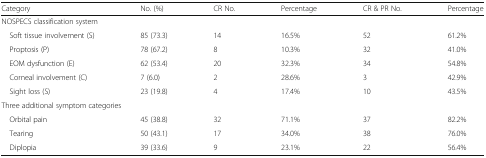
<table><thead><tr><td><b>Category</b></td><td><b>No. (%)</b></td><td><b>CR No.</b></td><td><b>Percentage</b></td><td><b>CR &amp; PR No.</b></td><td><b>Percentage</b></td></tr></thead><tbody><tr><td colspan="6">NOSPECS classification system</td></tr><tr><td> Soft tissue involvement (S)</td><td>85 (73.3)</td><td>14</td><td>16.5%</td><td>52</td><td>61.2%</td></tr><tr><td> Proptosis (P)</td><td>78 (67.2)</td><td>8</td><td>10.3%</td><td>32</td><td>41.0%</td></tr><tr><td> EOM dysfunction (E)</td><td>62 (53.4)</td><td>20</td><td>32.3%</td><td>34</td><td>54.8%</td></tr><tr><td> Corneal involvement (C)</td><td>7 (6.0)</td><td>2</td><td>28.6%</td><td>3</td><td>42.9%</td></tr><tr><td> Sight loss (S)</td><td>23 (19.8)</td><td>4</td><td>17.4%</td><td>10</td><td>43.5%</td></tr><tr><td colspan="6">Three additional symptom categories</td></tr><tr><td> Orbital pain</td><td>45 (38.8)</td><td>32</td><td>71.1%</td><td>37</td><td>82.2%</td></tr><tr><td> Tearing</td><td>50 (43.1)</td><td>17</td><td>34.0%</td><td>38</td><td>76.0%</td></tr><tr><td> Diplopia</td><td>39 (33.6)</td><td>9</td><td>23.1%</td><td>22</td><td>56.4%</td></tr></tbody></table>